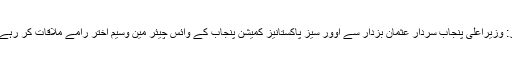
لاہور: وزیراعلی پنجاب سردار عثمان بزدار سے اوور سیز پاکستانیز کمیشن پنجاب کے وائس چیئر مین وسیم اختر رامے ملاقات کر رہے ہیں۔